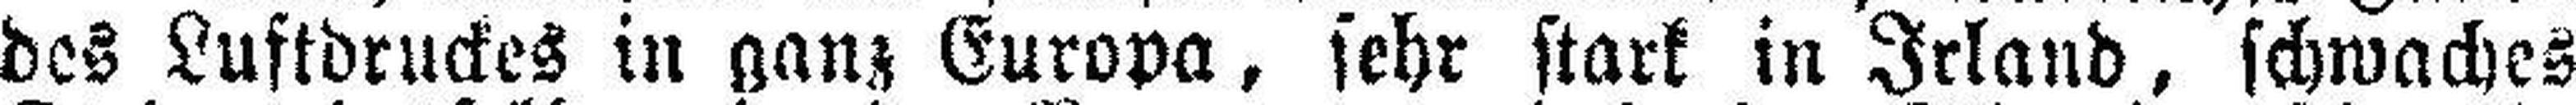
des Luftdruckes in ganz Europa, sehr stark in Irland, schwaches